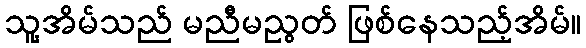
သူ့အိမ်သည် မညီမညွတ် ဖြစ်နေသည့်အိမ်။